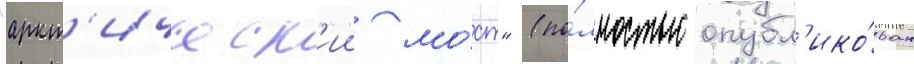
"аркт'ическ'ии мо́ст" (по́лностью опубл'ико́ван